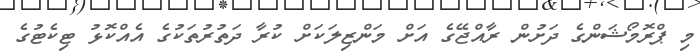
މި ޕްރޮމޯޝަންގެ ދަށުން ރާއްޖޭގެ އަށް މަންޒިލަކަށް ކުރާ ދަތުރުތަކުގެ އެއްކޮޅު ޓިކެޓުގެ